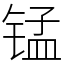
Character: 锰